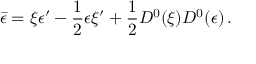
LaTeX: \bar { \epsilon } = \xi \epsilon ^ { \prime } - \frac { 1 } { 2 } \epsilon \xi ^ { \prime } + \frac { 1 } { 2 } { \cal D } ^ { 0 } ( \xi ) { \cal D } ^ { 0 } ( \epsilon ) \, .